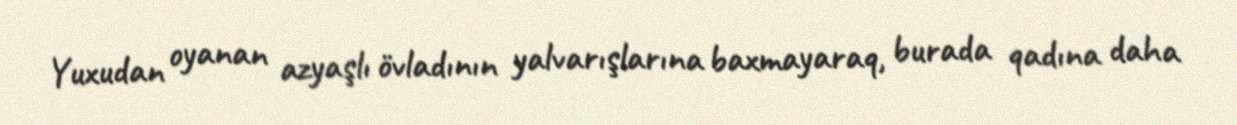
Yuxudan oyanan azyaşlı övladının yalvarışlarına baxmayaraq, burada qadına daha